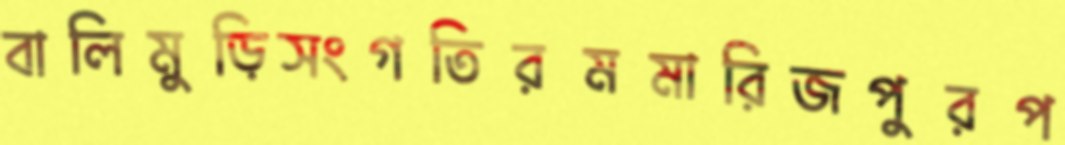
বালিমুড়িসংগতিরমমারিজপুরপ